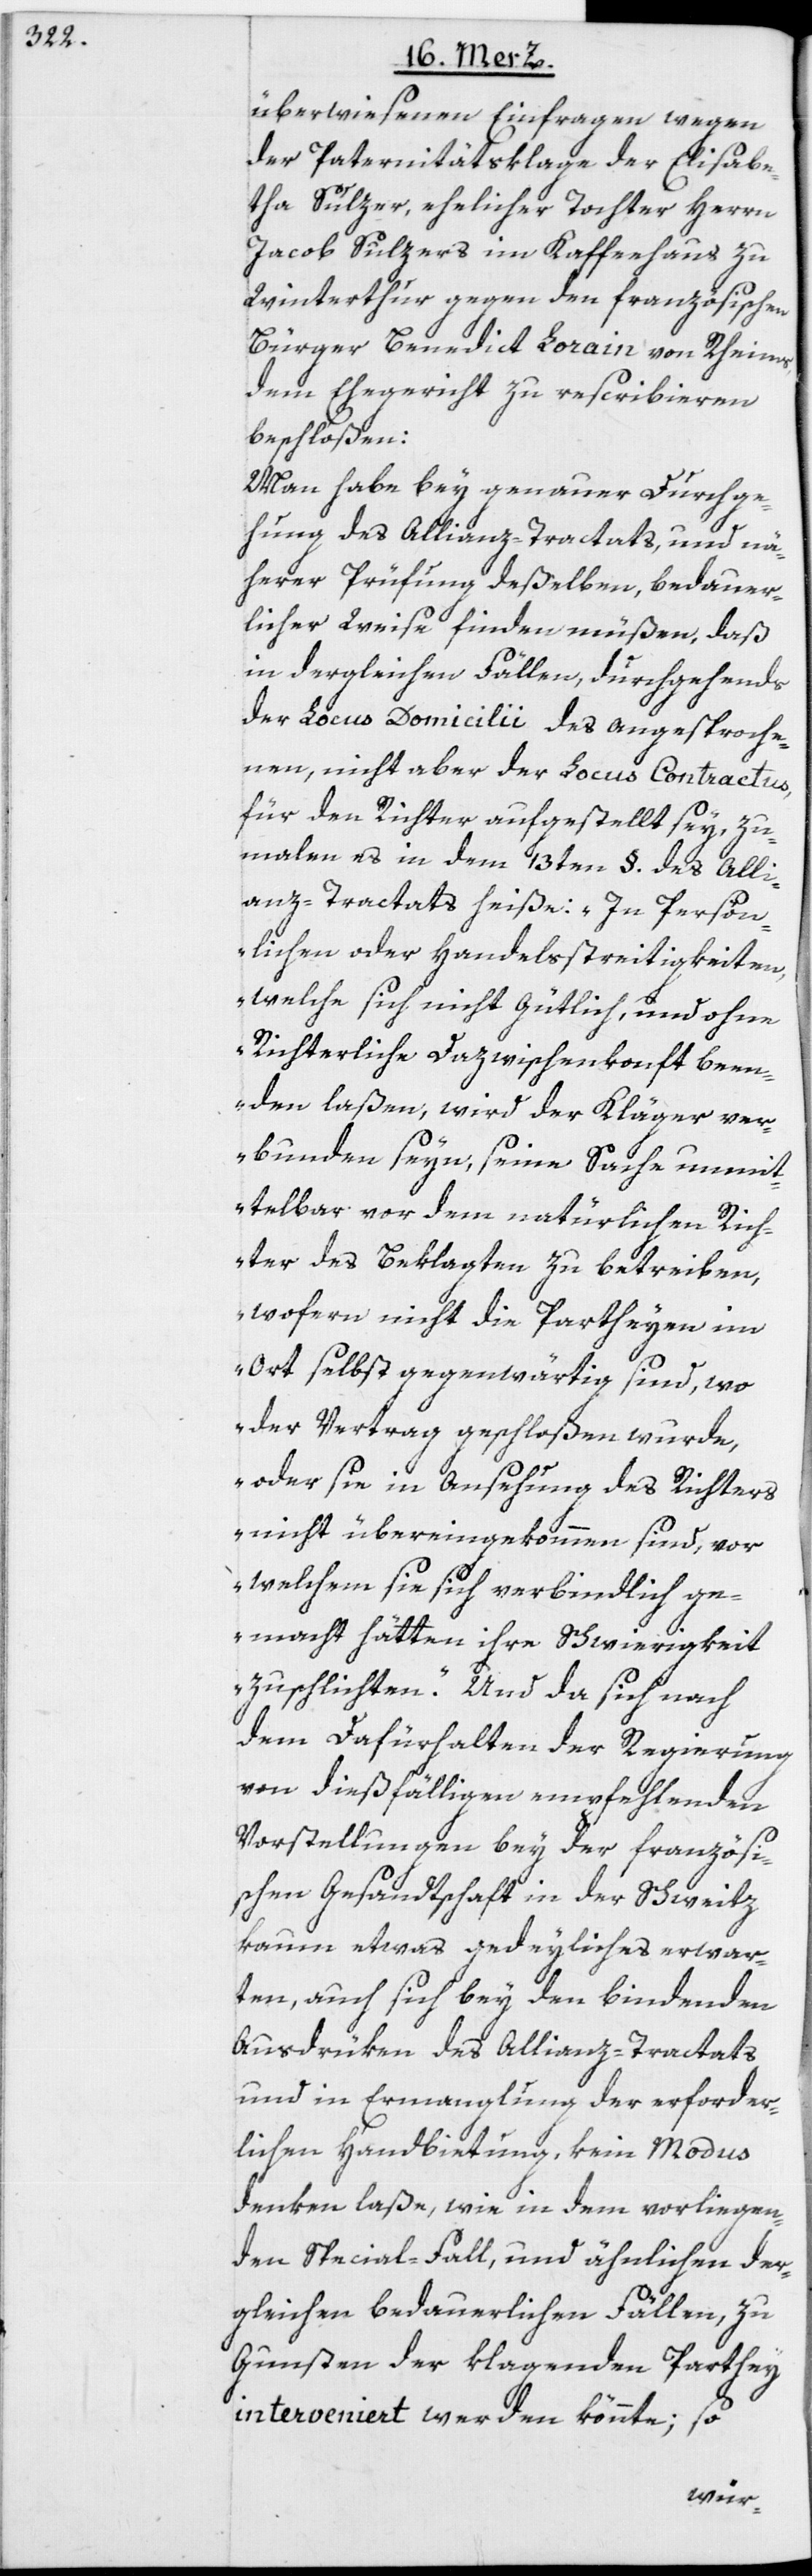
überwiesenen Einfragen wegen
der Paternitätsklage der Elisabe¬
tha Sulzer, ehelicher Tochter Herrn
Jacob Sulzers im Kaffeehaus zu
Winterthur gegen den französischen
Bürger Benedict Lorain von Rheims,
dem Ehegericht zu rescribieren
beschloßen:
Man habe bey genauer Durchge¬
hung des Allianz-Tractats, und nä¬
herer Prüfung deßelben, bedauer¬
licher Weise finden müßen, daß
in dergleichen Fällen, durchgehends
der Locus Domicilii des angesproche¬
nen, nicht aber der Locus Contractus,
für den Richter aufgestellt sey, zu¬
malen es in dem 13ten §. des Alli¬
anz-Tractats heiße: „In Persön¬
lichen- oder Handelsstreitigkeiten,
welche sich nicht gütlich, und ohne
Richterliche Dazwischenkonft been¬
den laßen, wird der Kläger ver¬
bunden seyn, seine Sache unmit¬
telbar vor dem natürlichen Rich¬
ter des Beklagten zu betreiben,
wofern nicht die Partheyen im
Ort selbst gegenwärtig sind, wo
der Vertrag geschloßen wurde,
oder sie in Ansehung des Richters
nicht übereingekommen sind, vor
welchem sie sich verbindlich ge¬
macht hätten ihre Schwierigkeit
zuschlichten.“ Und da sich nach
dem Dafürhalten der Regierung
von dießfälligen empfehlenden
Vorstellungen bey der französi¬
schen Gesandtschaft in der Schweitz
kaum etwas gedeyliches erwar¬
ten, auch sich bey den bindenden
Ausdrüken des Allianz-Tractats
und in Ermanglung der erforder¬
lichen Handbietung, kein Modus
denken laße, wie in dem vorliegen¬
den Special-Fall, und ähnlichen der¬
gleichen bedauerlichen Fällen, zu
Gunsten der klagenden Parthey
interveniert werden könnte; so